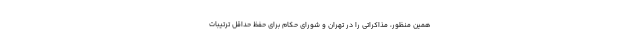
همین منظور، مذاکراتی‌ را در تهران و شورای حکام برای حفظ حداقل ترتیبات